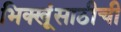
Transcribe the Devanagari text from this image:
भिक्खूंसाठीची